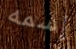
إسمه